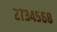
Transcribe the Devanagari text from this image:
२७३४५६८